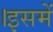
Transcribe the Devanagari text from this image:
।इसमें